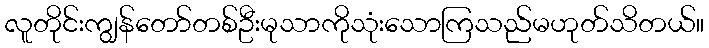
လူတိုင်းကျွန်တော်တစ်ဦးမုသာကိုသုံးသောကြသည်မဟုတ်သိတယ်။